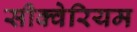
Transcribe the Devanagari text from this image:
सीक्वेरियम